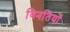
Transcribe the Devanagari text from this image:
विनतियों